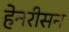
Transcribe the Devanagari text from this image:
हेनरीसन